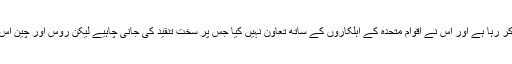
مغربی ممالک کا کہنا ہے کہ ایران جوہری ہتھیار بنانے کی کوشش کر رہا ہے اور اس نے اقوامِ متحدہ کے اہلکاروں کے ساتھ تعاون نہیں کیا جس پر سخت تنقید کی جانی چاہیے لیکن روس اور چین اس مسئلے سے نمٹنے کے لیے مفاہمتی ذرائع استعمال کرنا چاہتے ہیں۔